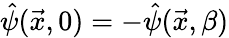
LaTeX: \hat{\psi}(\vec{x},0)=-\hat{\psi}(\vec{x},\beta)